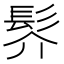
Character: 䯰